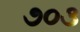
૭૦૩